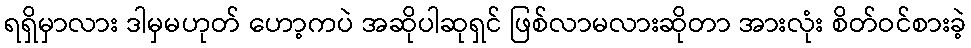
ရရှိမှာလား ဒါမှမဟုတ် ဟော့ကပဲ အဆိုပါဆုရှင် ဖြစ်လာမလားဆိုတာ အားလုံး စိတ်ဝင်စားခဲ့